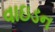
વાઇડન